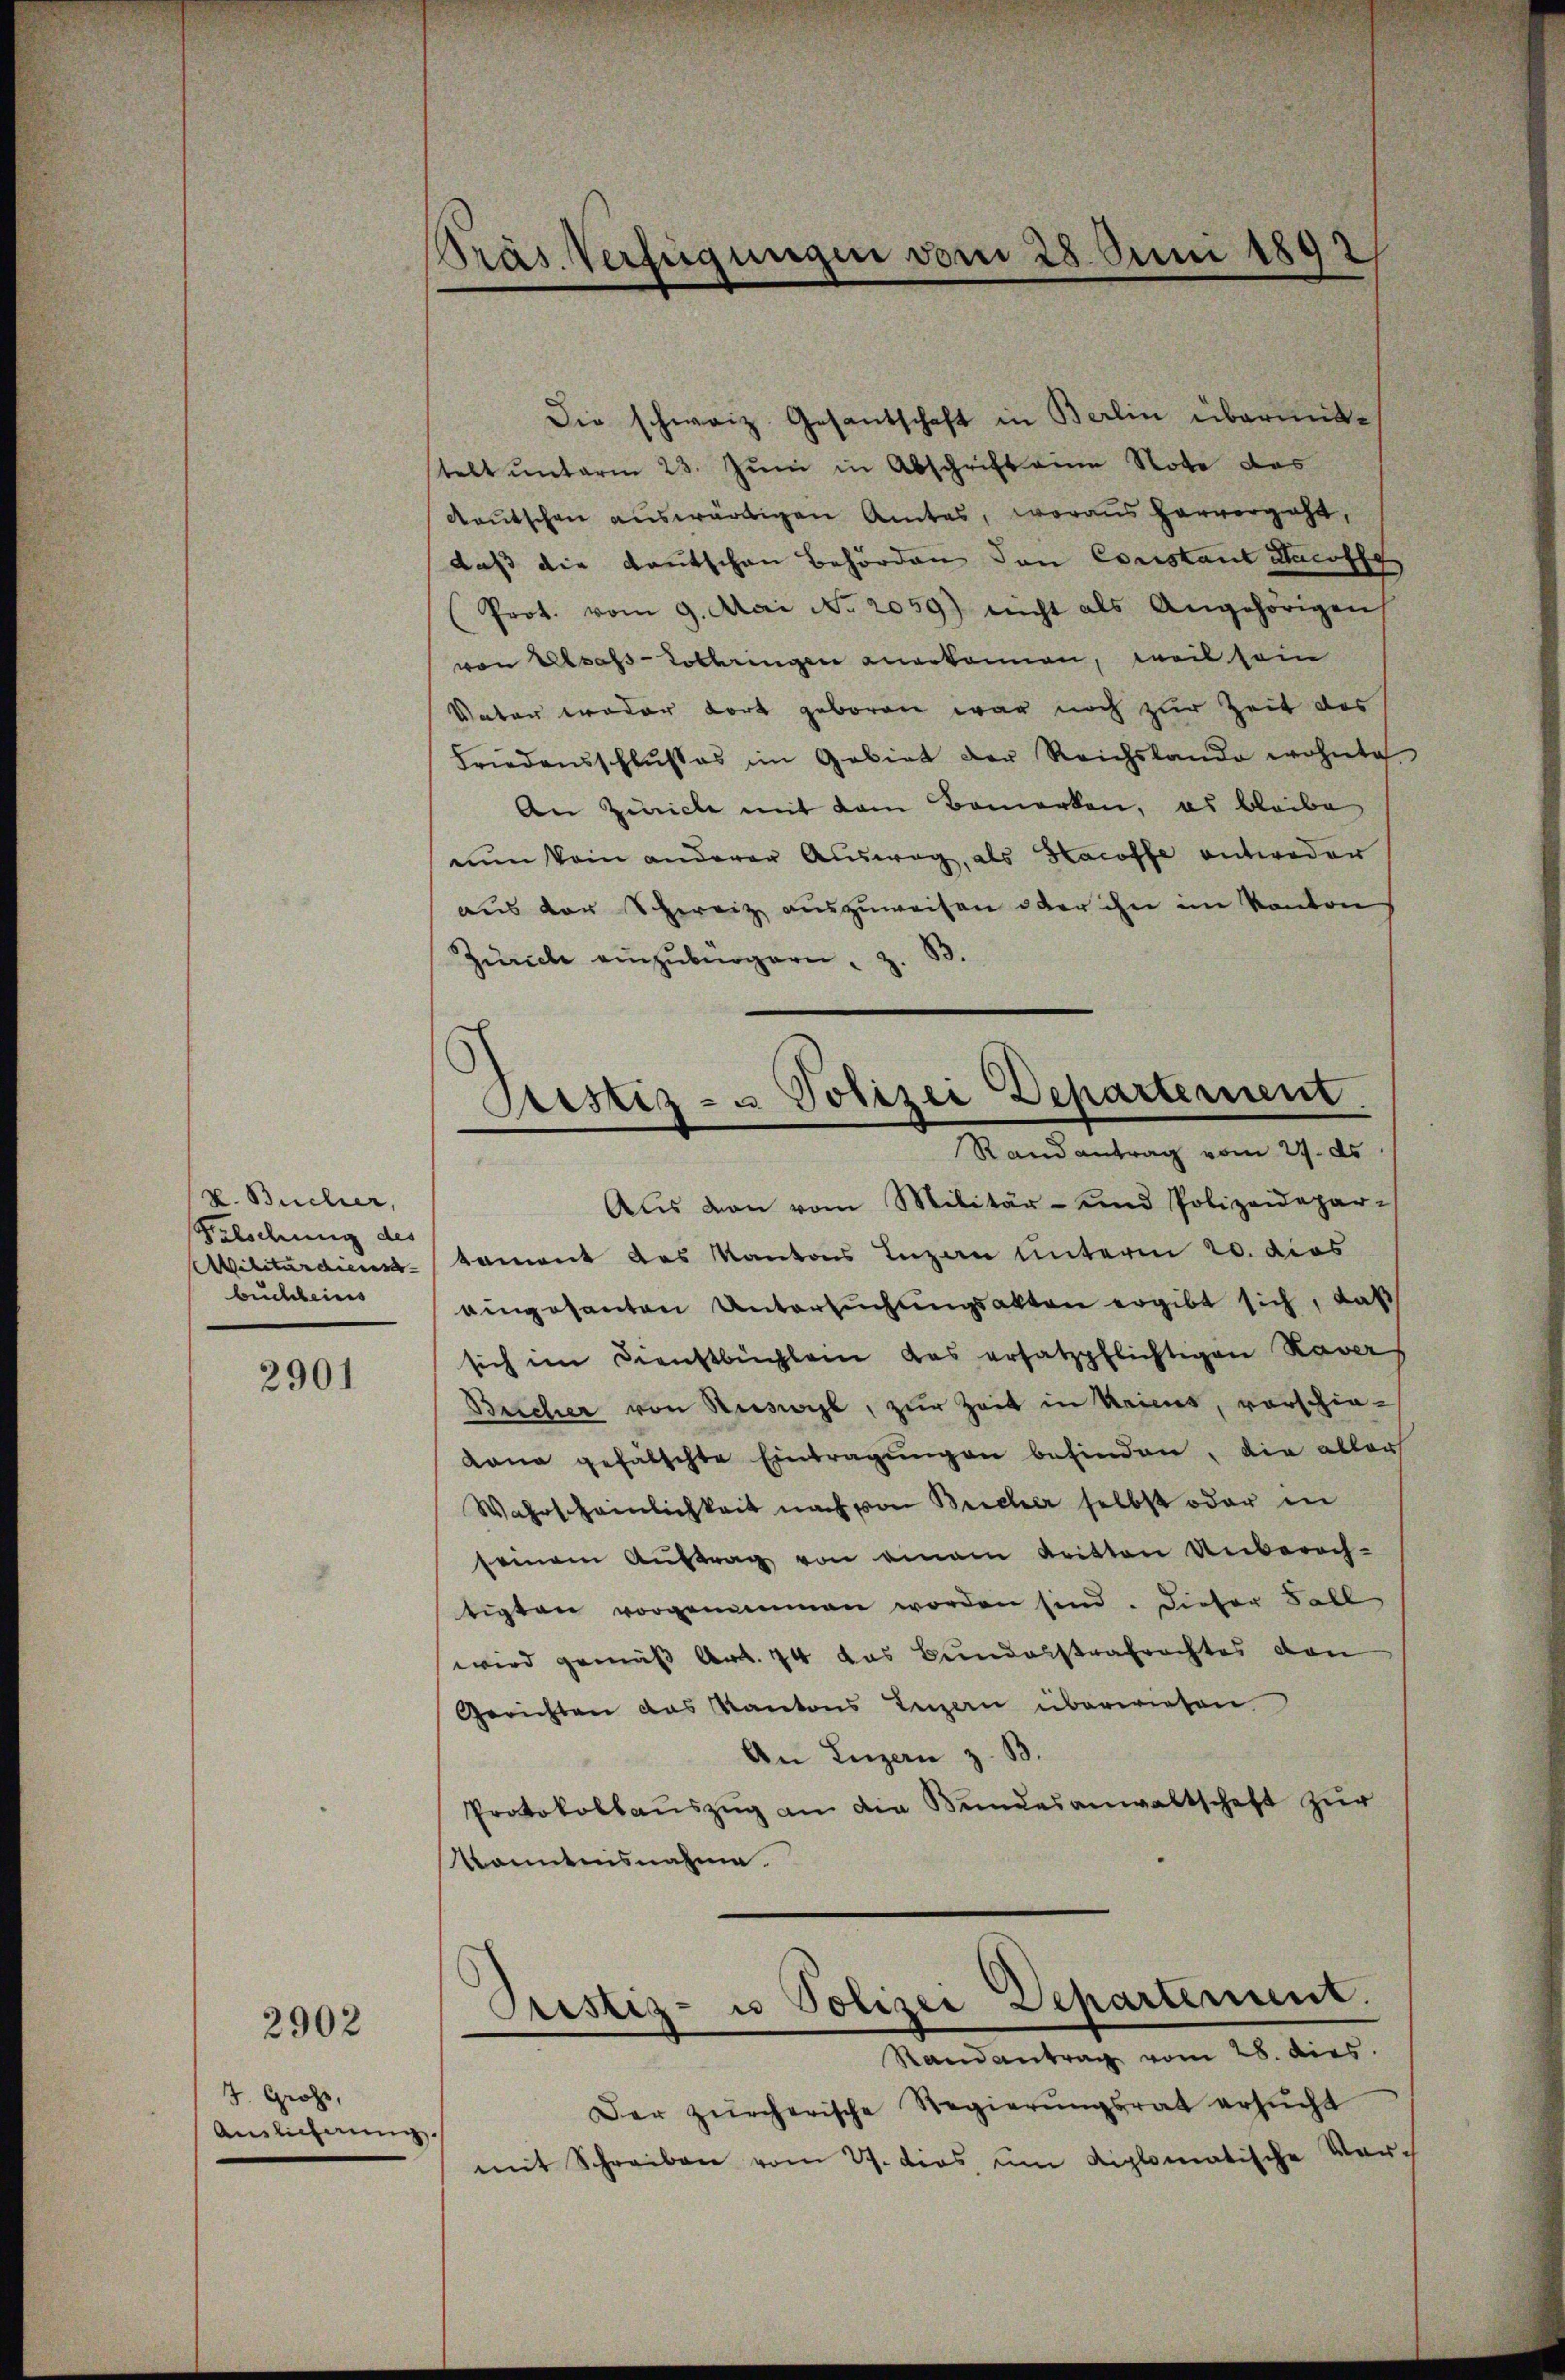
v. Bücher,
Falschung des
Militärdienst- |
buchbeins

2901

2902

J. Gross,
Auslieferung

Die schweiz. Gesantschaft in Berlin übermittelt unterm 23. Juni in Abschrift eine Note das
Reutschen auswärtigen Amtes, woraus hervorgeht,
daß die Kautschen Behörden den Constant Stacoffe
Prot. vom 9. Mai No 2059) nicht als Angehörigen
von Elsass-Lothringen angekannen, weil sein
Vater weder dort geboren war noch zur Zeit des
Friedensschlußes im Gebiet der Reichslande wohnte.
An Zürich mit dem Bemerken, es bleibe
nun kein anderer Ausweg, als Hacoffe entweder
aus der Schweiz auszuweisen oder ihn im Kanton
Zürich einzŭbürgern, z. B.
Randantrag vom 27. ds
Aŭs von vom Militär- und Polizeidepar-
tament des Kantons Luzen unterm 20. dies
eingesanten Untersuchungsakten ergibt sich, daß
sich im Dienstbüchlein das ersatzpflichtigen Navas
Bucher von Ruswyl, zur Zeit in Kriens, vorschie-
Lana gefalschte Eintragŭngen befinden, die aller
Wahrscheinlichkeit nach von Beicher selbst oder in
seinem Aŭftrag von einem Reitten Unberach-
tigten vorgenommen worden sind. Dieser Fall
wird gemäß Art. 74 das Bundesstrafrechtes den
Gerichten das Kantons Luzern überwiesen
An Luzern z. B.
Protokollauszug an die Bundesanwaltschaft zur
Kenntnisnahme.
Randantrag vom 28. dies
Der zürcherische Regierŭngsrat ersŭcht
mit Schreiben vom 27. dies um diplomatische Vor¬

Präs. Verfügungen vom 25. Juni 1892/

Sistiz- u Polizei Departement.

Justiz- u Polizei Departement.